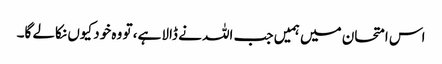
اس امتحان میں ہمیں جب اللہ نے ڈالا ہے، تو وہ خود کیوں نکالے گا۔